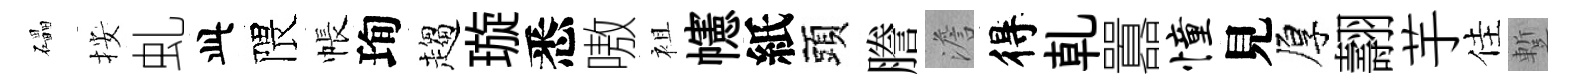
礧按虬此隈帳珣趨璇悉嗷袓幰紙頭謄澹得乹囂憧見厚翿芋佳蹔